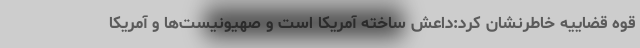
قوه قضاییه خاطرنشان کرد:داعش ساخته آمریکا است و صهیونیست‌ها و آمریکا